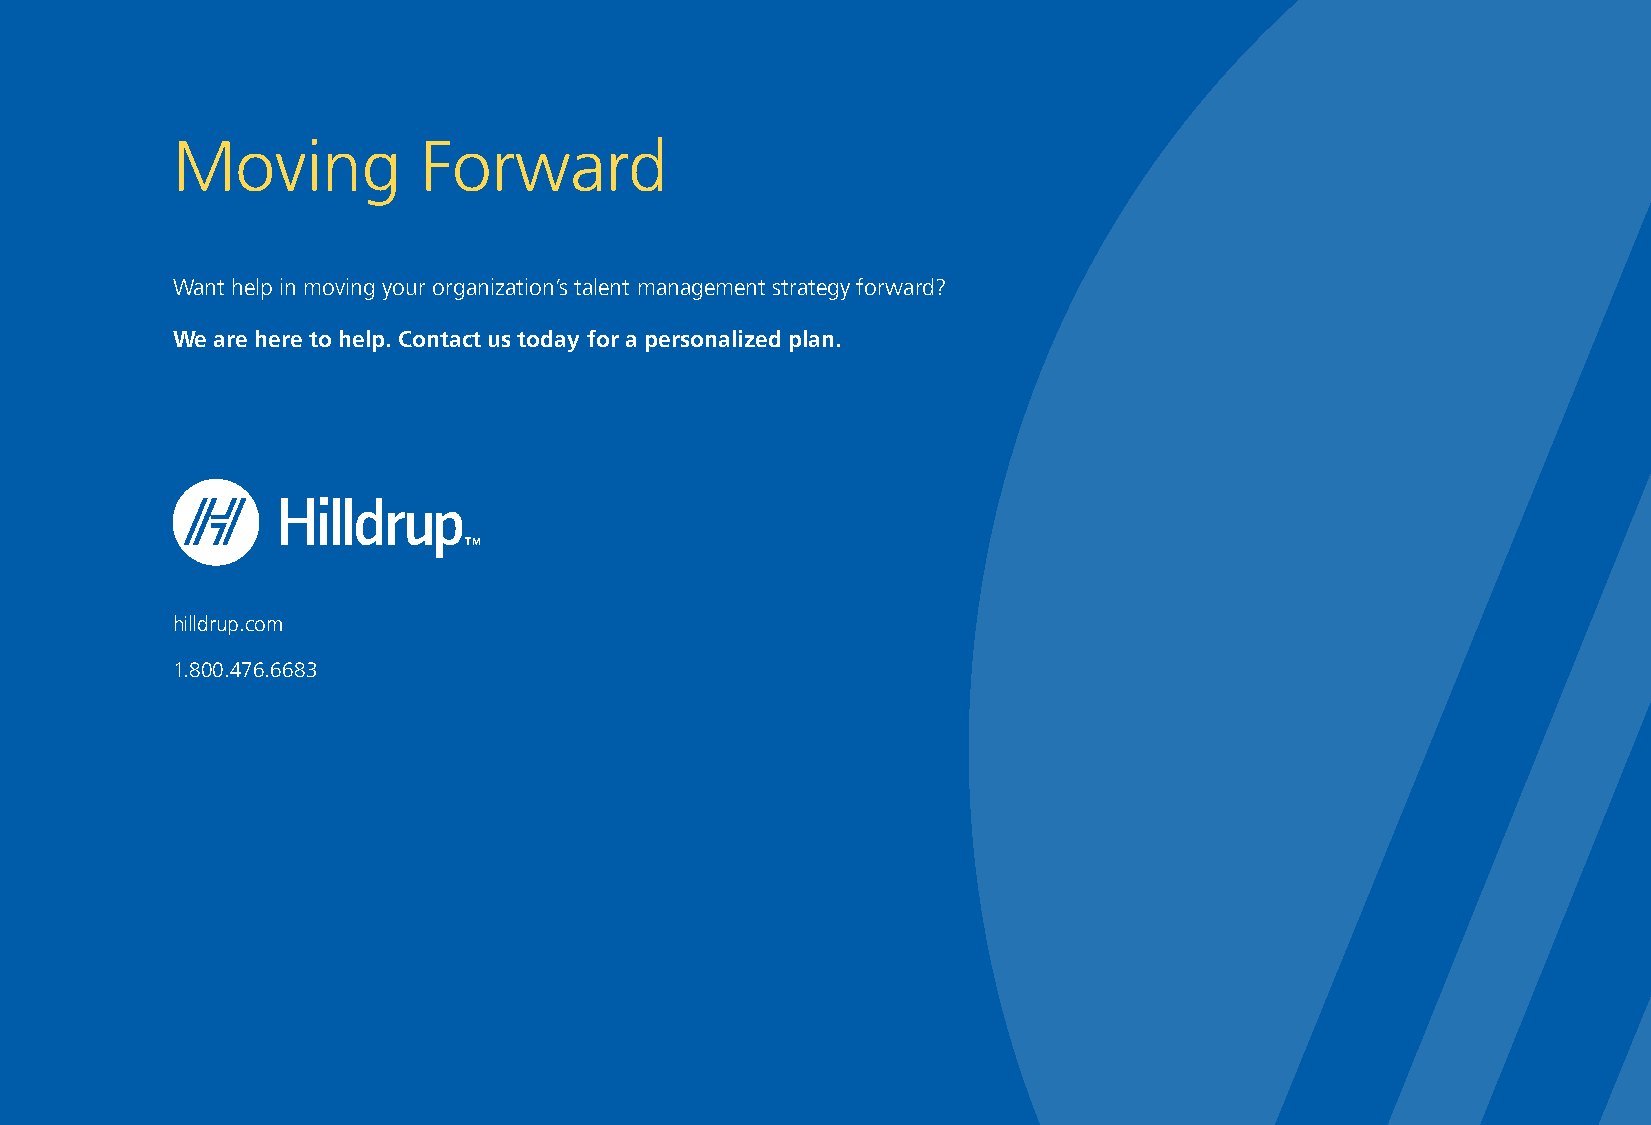
Moving           Forward
 Want help in moving your organization’s talent management strategy forward?
 We are here to help. Contact us today for a personalized plan.
 hilldrup.com
 1.800.476.6683